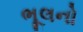
ભૂલનો